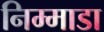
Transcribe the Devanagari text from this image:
निम्माडा